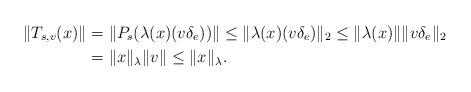
LaTeX: \begin{align*}\|T_{s,v}(x)\|&=\|P_s(\lambda(x)(v\delta_e))\|\leq \|\lambda(x)(v\delta_e)\|_2\leq\|\lambda(x)\|\|v\delta_e\|_2\\&=\|x\|_\lambda\|v\|\leq\|x\|_{\lambda}.\end{align*}